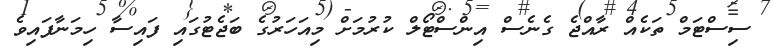
ސިސްޓަމް ތަކެއް ރާއްޖެ ގެނެސް އިންސްޓޯލް ކުރުމަށް މިއަހަރުގެ ބަޖެޓުގައި ފައިސާ ހިމަނާފައިވެ